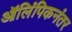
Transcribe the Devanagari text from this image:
ऑलिंपिकनंतर